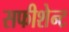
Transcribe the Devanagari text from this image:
सफीशेन्ट